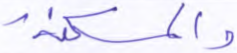
والمسكنة